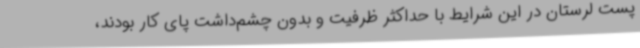
پست لرستان در این شرایط با حداکثر ظرفیت و بدون چشم‌داشت پای کار بودند،